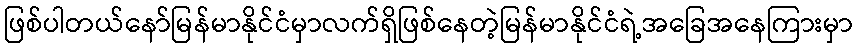
ဖြစ်ပါတယ်နော်မြန်မာနိုင်ငံမှာလက်ရှိဖြစ်နေတဲ့မြန်မာနိုင်ငံရဲ့အခြေအနေကြားမှာ